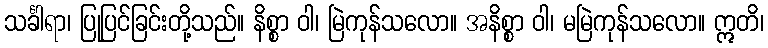
သင်္ခါရာ၊ ပြုပြင်ခြင်းတို့သည်။ နိစ္စာ ဝါ၊ မြဲကုန်သလော။ အနိစ္စာ ဝါ၊ မမြဲကုန်သလော။ ဣတိ၊